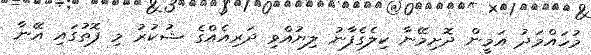
މުހައްމަދު އަމީން ދޮށިމޭނާ ކިލެގެފާނު ލިޔުއްވި ދަރިއެއްގެ ޝުކުރު މި ފޮތުގައި އޭނާ